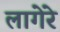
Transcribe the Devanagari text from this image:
लागेरे